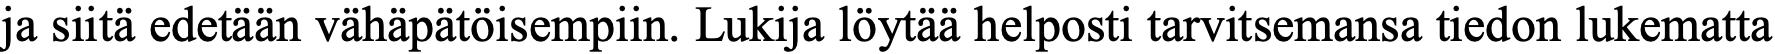
ja siitä edetään vähäpätöisempiin. Lukija löytää helposti tarvitsemansa tiedon lukematta